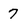
Character: 7